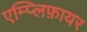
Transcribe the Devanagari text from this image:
एम्प्लिफ़ायर